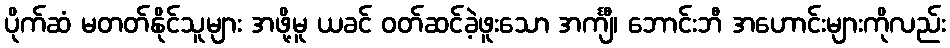
ပိုက်ဆံ မတတ်နိုင်သူများ အဖို့မူ ယခင် ဝတ်ဆင်ခဲ့ဖူးသော အင်္ကျီ၊ ဘောင်းဘီ အဟောင်းများကိုလည်း